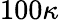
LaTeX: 100\kappa